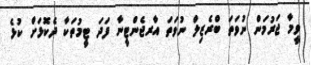
ވީމާ ޖަރުމަން ނުވަތަ ބްރެޒިލް ނުވަތަ އާރޖެންޓީނާ ފަދަ ޓީމުތަކާ ދެކޮޅަށް ކުޅެ